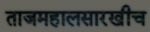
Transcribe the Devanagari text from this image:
ताजमहालसारखीच